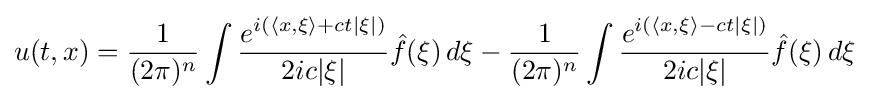
u(t,x)={\frac {1}{(2\pi )^{n}}}\int {\frac {e^{i(\langle x,\xi \rangle +ct|\xi |)}}{2ic|\xi |}}{\hat {f}}(\xi )\,d\xi -{\frac {1}{(2\pi )^{n}}}\int {\frac {e^{i(\langle x,\xi \rangle -ct|\xi |)}}{2ic|\xi |}}{\hat {f}}(\xi )\,d\xi